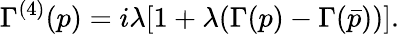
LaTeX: \Gamma^{(4)}(p)=i\lambda[1+\lambda(\Gamma(p)-\Gamma(\bar{p}))].